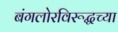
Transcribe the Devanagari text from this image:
बंगलोरविरूद्धच्या